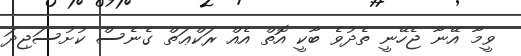
ވީމާ އޭނާ ޖެހޭނީ ތެދުވެ ބާކީ އޮތް އެއް ރަކްޢަތް ގެނެސް ކުށުސަޖިދަ